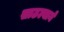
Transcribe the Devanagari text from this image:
साठल्याने